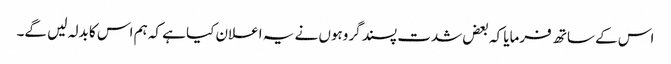
اس کے ساتھ فرمایا کہ بعض شدت پسند گروہوں نے یہ اعلان کیا ہے کہ ہم اس کا بدلہ لیں گے۔